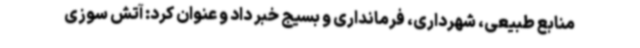
منابع طبیعی، شهرداری، فرمانداری و بسیج خبر داد و عنوان کرد: آتش سوزی